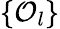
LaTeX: \{ \mathcal{O}_{l}\}